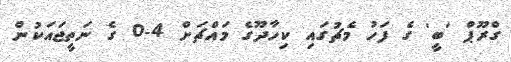
ގްރޫޕް 'ބީ' ގެ ފަހު މެޗުގައި ކިހާދޫގެ މައްޗަށް 4-0 ގެ ނަތީޖައަކުން